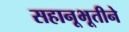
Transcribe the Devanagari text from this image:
सहानूभूतीने